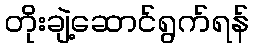
တိုးချဲ့ဆောင်ရွက်ရန်